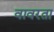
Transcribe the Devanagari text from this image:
वावरता